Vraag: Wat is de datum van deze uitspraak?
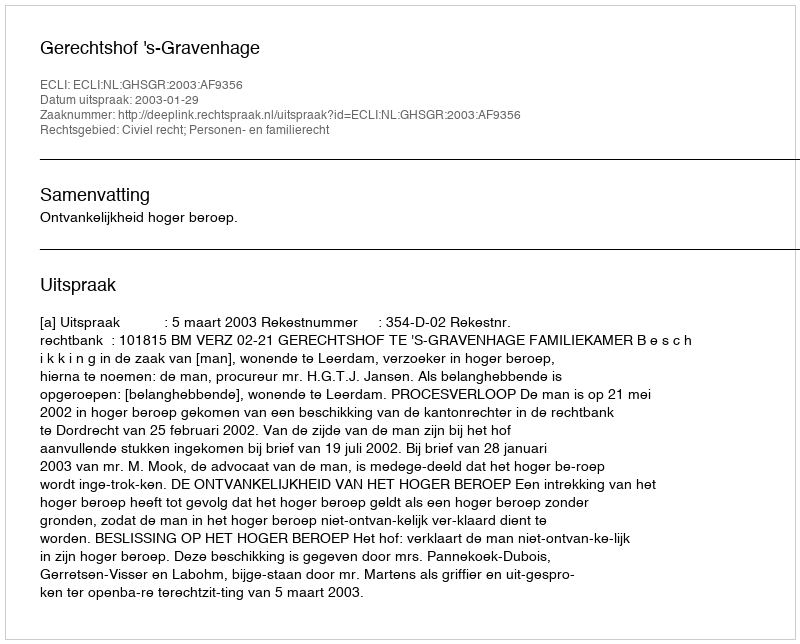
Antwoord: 2003-01-29